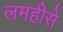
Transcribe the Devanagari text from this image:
लमहीसे